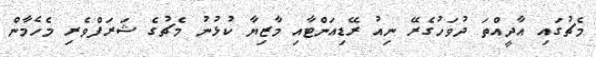
މެޗުގައި އާދީއްތަ ދުވަހުގެރޭ ނިއު ރޭޑިއަންޓާއި މާޒިޔާ ކުޅުނު މެޗުގެ ޝަރަފްވެރި މެހެމާން